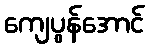
ကျေပွန်အောင်